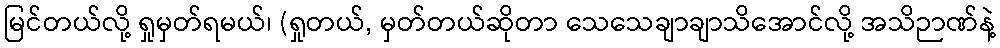
မြင်တယ်လို့ ရှုမှတ်ရမယ်၊ (ရှုတယ်, မှတ်တယ်ဆိုတာ သေသေချာချာသိအောင်လို့ အသိဉာဏ်နဲ့